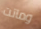
وماتت